system: You are a helpful assistant.
user:
Analyze the provided spectrum to determine if it is a **"Cataclysmic Variables (CV)"**.

- **Key Indicators for CV (Check for either state):**
    - **State 1: Quiescent / Low-State (Emission-Dominated)**
        - **(Primary):** Strong and *very broad* Hydrogen Balmer emission lines (e.g., $H\alpha$ at 6563 Å, $H\beta$ at 4861 Å). The 'broadness' (high velocity dispersion, often FWHM > 1000 km/s) is the key diagnostic, indicating a high-velocity accretion disk.
        - **(Secondary):** Broad neutral Helium (He I) emission lines (e.g., 5876 Å, 6678 Å).
        - **(Key Confirmation):** Presence of high-excitation *ionized* Helium (He II) emission at 4686 Å. This is a strong indicator of accretion onto a white dwarf.
        - **(Line Profile):** Emission lines may exhibit a 'double-peaked' profile, which is a classic signature of a rotating accretion disk viewed at high inclination.

    - **State 2: Outburst / High-State (Absorption-Dominated)**
        - **(Primary):** Spectrum is dominated by a bright, blue continuum (looks like a hot star).
        - **(Secondary):** The emission lines from State 1 are weak, absent, or 'filled in', and are replaced by broad, shallow *absorption* lines (primarily Balmer and He I).
        - **(Morphology):** The overall spectrum mimics a hot B/A-type star. The crucial difference is that the absorption lines are significantly broader, shallower, and more 'washed-out' (or 'smeared') than the sharp lines of a normal stellar photosphere, due to high rotational speeds and pressure broadening in the disk.

Think first, call **spectral_visualization_tool** if needed to examine features in detail, then provide your final answer. Your response must adhere to the following strict rules:
1.  **Overall Structure:** Your response must follow the format `<think>...</think> <tool_call>...</tool_call> (if a tool is used) <answer>...</answer>`.
2.  **Tool Usage Constraint:** You may only make **one** tool call per turn.
3.  **Final Answer Format:** In the `<answer>` tag, your conclusion must be inside a `\boxed{}` command (e.g., `\boxed{YES}`), followed by your justification.

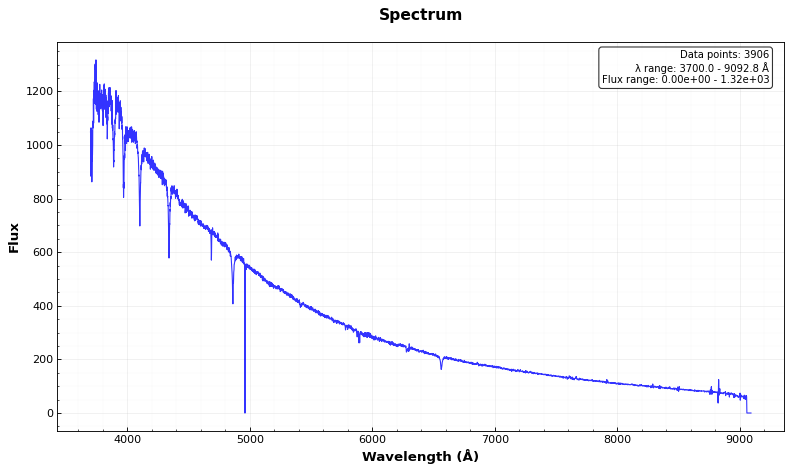
Answer: NO